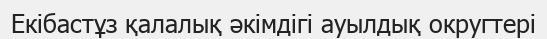
Екібастұз қалалық әкімдігі ауылдық округтері